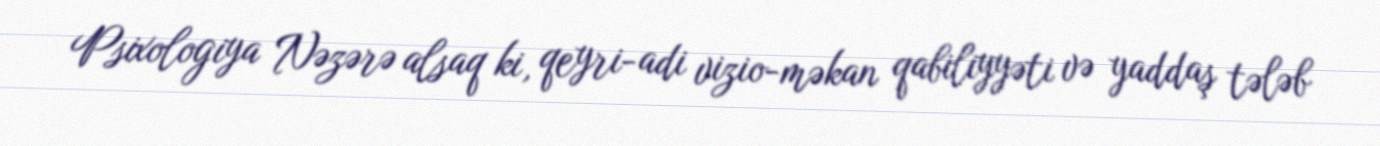
Psixologiya Nəzərə alsaq ki, qeyri-adi vizio-məkan qabiliyyəti və yaddaş tələb